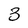
Character: 3